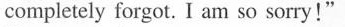
completely forgot. I am so sorry!"